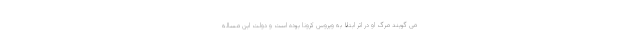
می گویند مرگ او در اثر ابتلا به ویروس کرونا بوده است و دولت این مساله